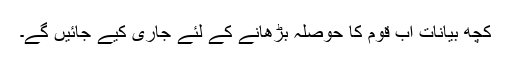
کچھ بیانات اب قوم کا حوصلہ بڑھانے کے لئے جاری کیے جائیں گے۔